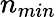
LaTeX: n_{min}